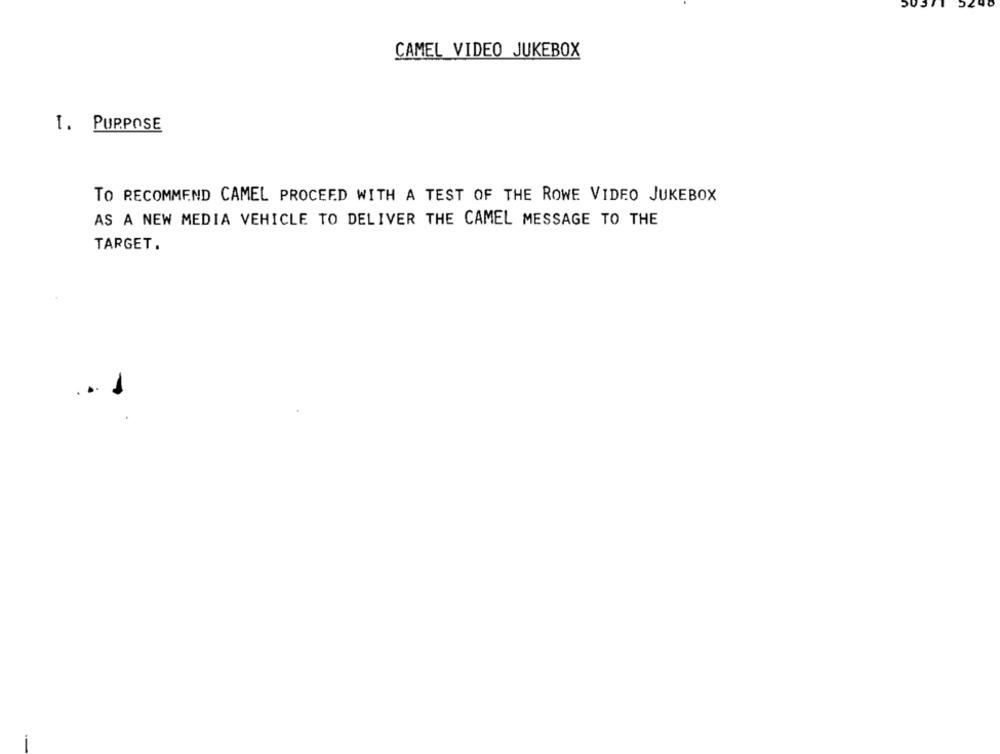
CAMEL VIDEO JUKEBOX
1. PURPOSE
TO RECOMMEND CAMEL PROCEED WITH A TEST OF THE ROWE VIDEO JUKEBOX
AS A NEW MEDIA VEHICLE TO DELIVER THE CAMEL MESSAGE TO THE
TARGET.